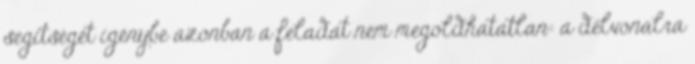
segítségét igénybe azonban a feladat nem megoldhatatlan: a délvonalra